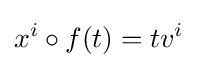
x^{i}\circ f(t)=tv^{i}